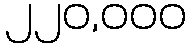
၂၂၀,၀၀၀